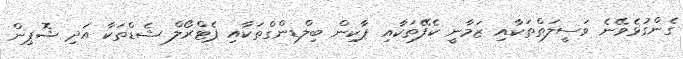
ގެންގުޅެވޭނެ ވަސީލަތްތަކާއި ޒަމާނީ ކެފޭތަކާއި ޕާކިން ބިލްޑިންގްތަކާއި ޕެޓްރޯލް ޝެޑްތަކާ އަދި ޝޮޕިން